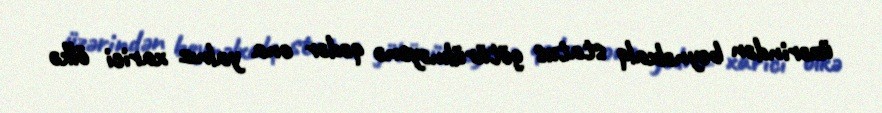
üzərindən beynəlxalq status götürülməyənə qədər ona yalnız xarici ölkə